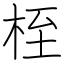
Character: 桎